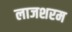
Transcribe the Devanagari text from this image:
लाजशरम